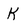
Character: K